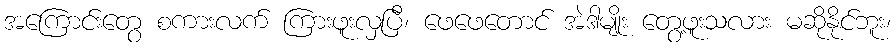
အကြောင်းတွေ စကားလက် ကြားဖူးလှပြီ၊ ဖေဖေတောင် အဲဒါမျိုး တွေ့ဖူးသလား မဆိုနိုင်ဘူး၊